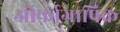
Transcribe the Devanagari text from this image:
ऑर्फाग्रापिक